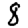
Digit: 8